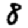
Digit: 8